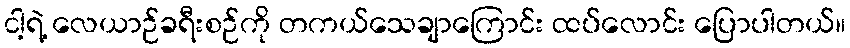
ငါ့ရဲ့ လေယာဉ်ခရီးစဉ်ကို တကယ်သေချာကြောင်း ထပ်လောင်း ပြောပါတယ်။